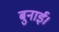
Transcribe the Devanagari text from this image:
बुनाई।